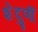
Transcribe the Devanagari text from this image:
शेंदुर्णी